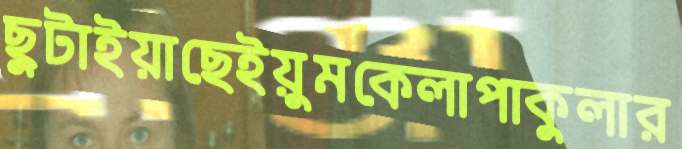
ছুটাইয়াছেইয়ুমকেলাপাকুলার